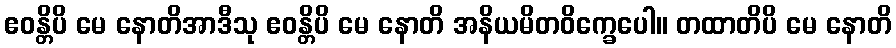
ဧဝန္တိပိ မေ နောတိအာဒီသု ဧဝန္တိပိ မေ နောတိ အနိယမိတဝိက္ခေပေါ။ တထာတိပိ မေ နောတိ